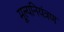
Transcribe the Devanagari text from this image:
मूल्यनियंत्रण